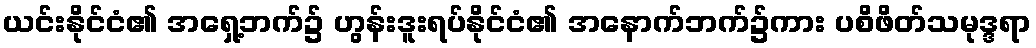
ယင်းနိုင်ငံ၏ အရှေ့ဘက်၌ ဟွန်းဒူးရပ်နိုင်ငံ၏ အနောက်ဘက်၌ကား ပစိဖိတ်သမုဒ္ဒရာ